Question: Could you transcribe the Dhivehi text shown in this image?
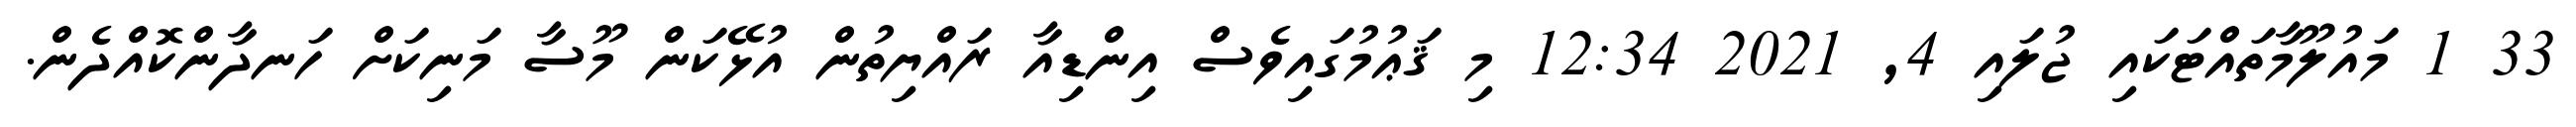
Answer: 33 1 މައުލޫމާތައްޓަކައި ޖުލައި 4, 2021 12:34 މި ޤަޢުމުގައިވެސް އިންޑިއާ ރައްޔިތުން އުޅޭކަން މޫސާ މަނިކަށް ހަނދާންކޮއްދެން.